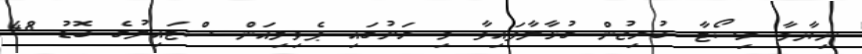
ނިޔާމާ ރިސޯޓާ ބުރިޖުން ގުޅާލާފައިވާ މި ރަށުގައި ޕެވިލިއަން ސްޓައިލުގެ ބޮޑު 48